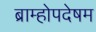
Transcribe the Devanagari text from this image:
ब्राम्होपदेषम